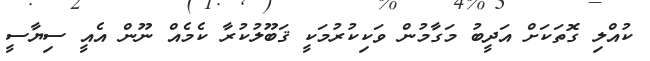
ކުއްލި ގޮތަކަށް އަދީބު މަގާމުން ވަކިކުރުމަކީ ޤަބޫލުކުރާ ކެމެއް ނޫން އެއީ ސިޔާސީ